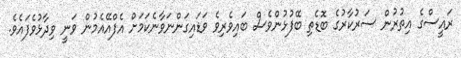
ރައީސްގެ އިތުރުން ސަރުކާރުގެ ބޮޑެތި ބޭފުޅުންވެސް ބައިވެރިވެ ވަޑައިގަންނަވާނެކަމަށް އެފްއޭއެމުން ވަނީ ވިދާޅުވެފައެވެ.